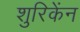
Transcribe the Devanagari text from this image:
शुरिकेंन